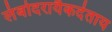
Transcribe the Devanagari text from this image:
लंबोदरायैकदंताय